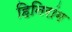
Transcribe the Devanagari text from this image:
हिनिरांग